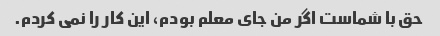
حق با شماست اگر من جای معلم بودم، این کار را نمی کردم.